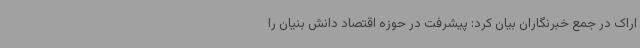
اراک در جمع خبرنگاران بیان کرد: پیشرفت در حوزه اقتصاد دانش بنیان را